Document type: Sale
Year: 1323
Scribe: Guillem Coscoll
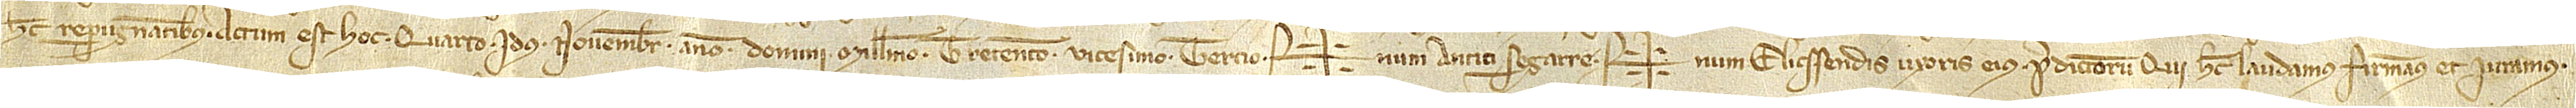
hec repugnantibus. Actum est hoc quarto idus novembris, anno Domini millesimo trecentesimo vicesimo tercio. Sig+num Antici Segarre, Sig+num Elicssendis, uxoris eius, predictorum qui hec laudamus, firmamus et iuramus.